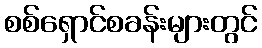
စစ်ရှောင်စခန်းများတွင်